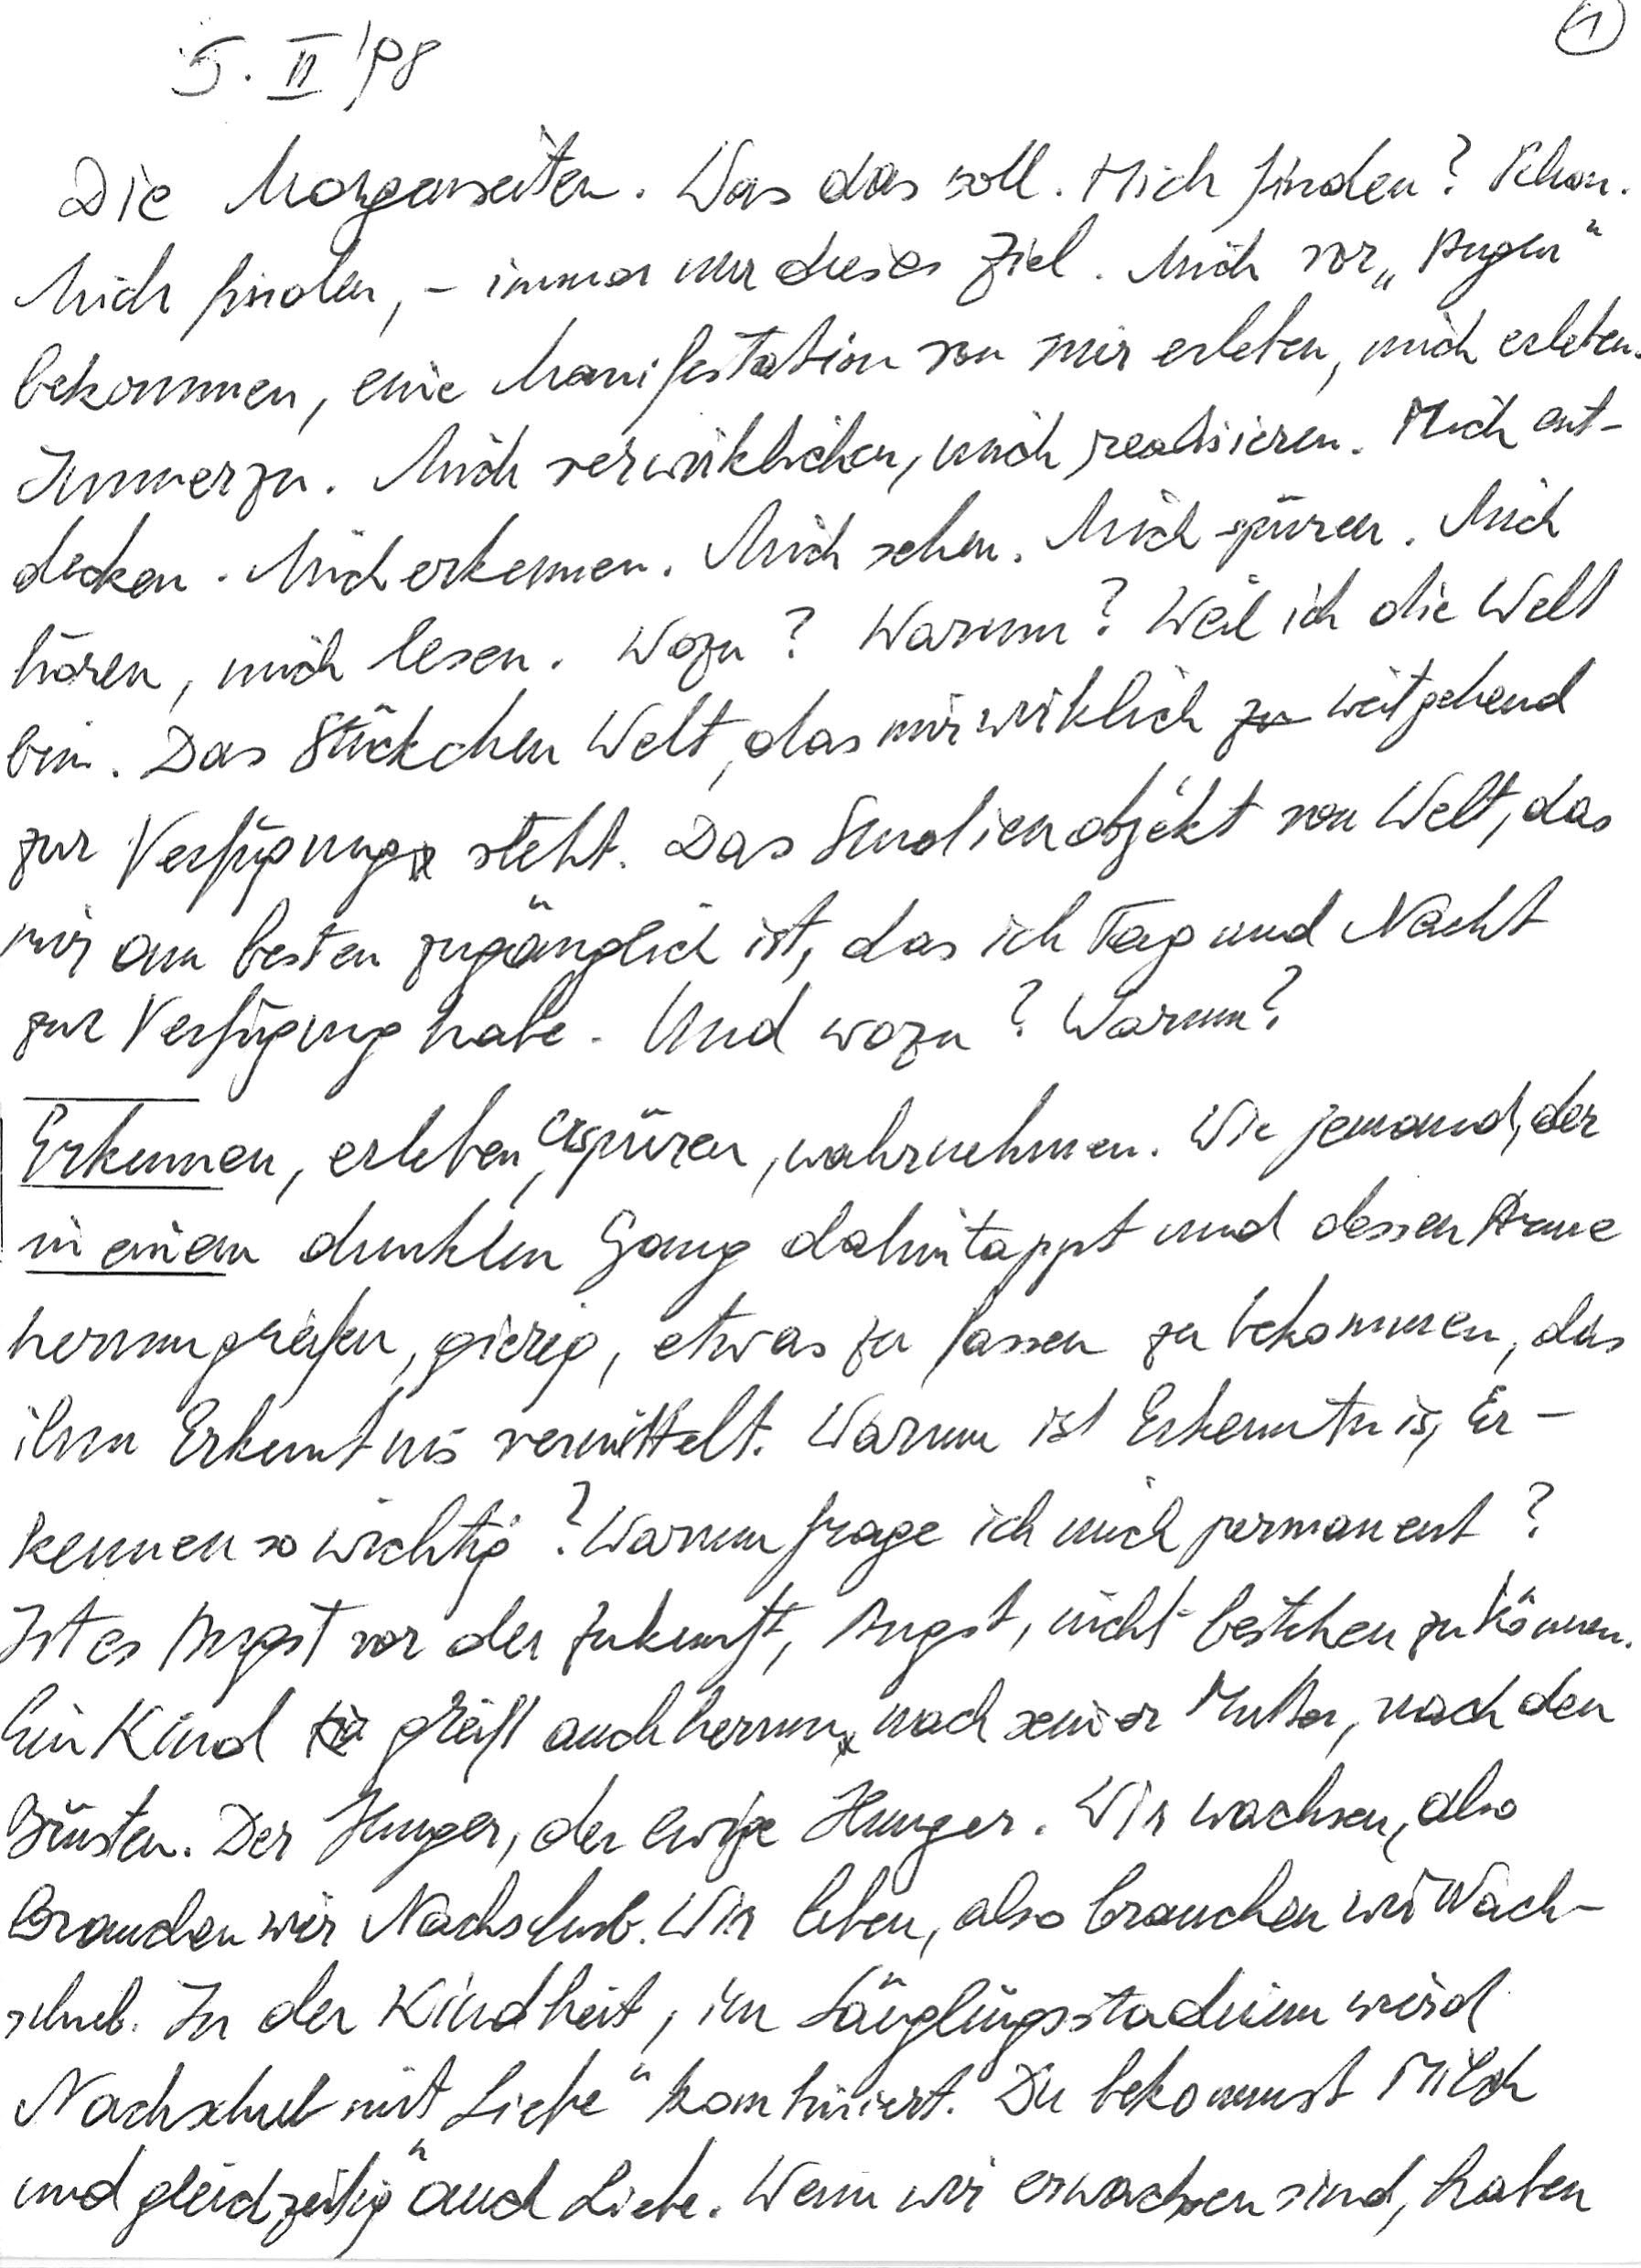
5. II. ‘98
Die Morgenseiten. Was das soll. Mich finden? Schon.
Mich finden, – immer nur dieses Ziel. Mich vor „Augen“
bekommen, eine Manifestation von mir erleben, mich erleben.
Immerzu. Mich verwirklichen, mich realisieren. Mich ent-
decken. Mich erkennen. Mich sehen. Mich spüren. Mich
hören, mich lesen. Wozu? Warum? Weil ich die Welt
bin. Das Stückchen Welt, das mir wirklich weitgehend
zur Verfügung steht. Das Studienobjekt von Welt, das
mir am besten zugänglich ist, das ich Tag und Nacht
zur Verfügung habe. Und wozu? Warum?
Erkennen, erleben, erspüren, wahrnehmen. Wie jemand, der
in einem dunklen Gang dahintappt und dessen Arme
herumgreifen, gierig, etwas zu fassen zu bekommen, das
ihm Erkenntnis vermittelt. Warum ist Erkenntnis, Er-
kennen so wichtig? Warum frage ich mich permanent?
Ist es Angst vor der Zukunft, Angst, nicht bestehen zu können?
Ein Kind greift auch herum nach seiner Mutter, nach den
Brüsten. Der Hunger, der ewige Hunger. Wir wachsen, also
brauchen wir Nachschub. Wir leben, also brauchen wir Nach-
schub. In der Kindheit, im Säuglingsstadium wird
Nachschub mit „Liebe“ kombiniert. Du bekommst Milch
und gleichzeitig auch Liebe. Wenn wir erwachsen sind, haben